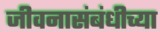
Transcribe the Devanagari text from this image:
जीवनासंबंधीच्या